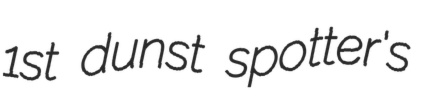
1st dunst spotter's